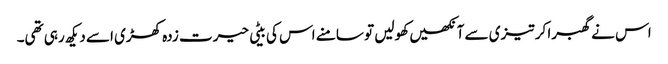
اس نے گھبرا کر تیزی سے آنکھیں کھولیں تو سامنے اس کی بیٹی حیرت زدہ کھڑی اسے دیکھ رہی تھی۔